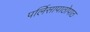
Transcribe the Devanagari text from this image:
पर्लिसापाठोपाठ